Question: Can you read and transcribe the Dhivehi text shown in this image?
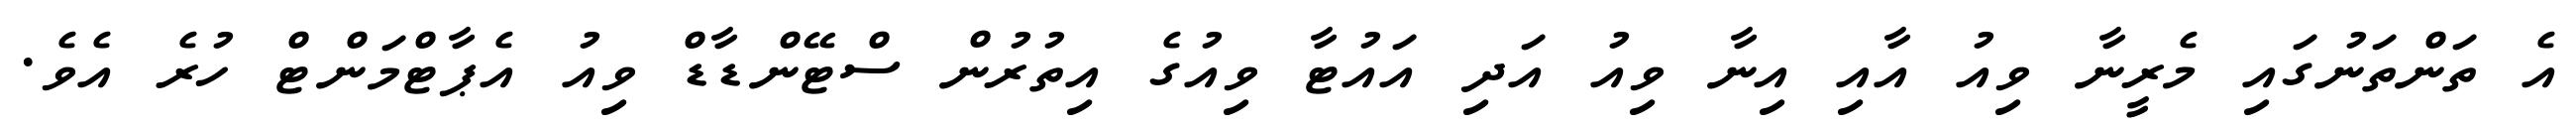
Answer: އެ ތަންތަނުގައި މެރީނާ ވިއު އާއި އިނާ ވިއު އަދި އައުޓާ ވިއުގެ އިތުރުން ސްޓޭންޑާޑް ވިއު އެޕާޓްމަންޓް ހުރެ އެވެ.